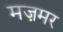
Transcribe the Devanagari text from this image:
मज़मर